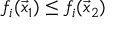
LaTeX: f _ { i } ( { \vec { x } } _ { 1 } ) \leq f _ { i } ( { \vec { x } } _ { 2 } )